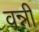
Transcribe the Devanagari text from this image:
वन्नी